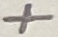
Text: +